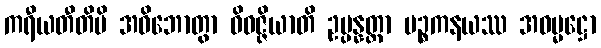
ကရီယတီတိပိ အဓိဘောတွာ ဝိဝဇ္ဇိယာတိ ဥပ္ပန္နတ္တာ ပဉ္စကနယဿ အဓမ္မဋ္ဌော